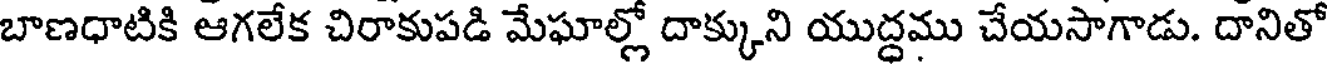
బాణధాటికి ఆగలేక చిరాకుపడి మేఘాల్లో దాక్కుని యుద్ధము చేయసాగాడు. దానితో